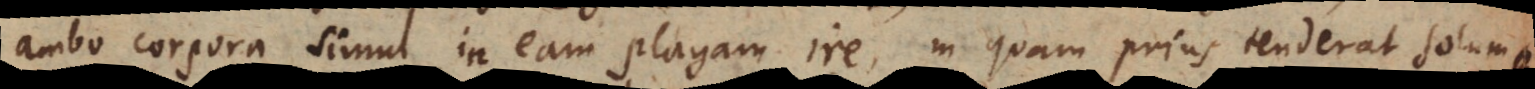
ambo corpora simul in eam plagam ire, in quam prius tenderat solum